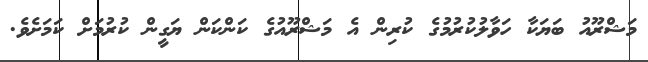
މަޝްރޫއު ބަޔަކާ ހަވާލުކުުރުމުގެ ކުރިން އެ މަޝްރޫއުގެ ކަންކަން ޔަގީން ކުރުމަށް ކަމަށެވެ.